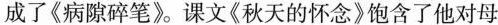
成了《病隙碎笔》。课文《秋天的怀念》饱含了他对母